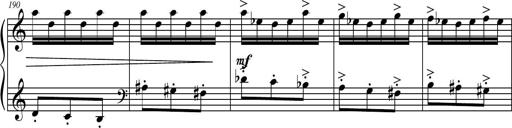
Title: Petite Sonatine
Composer: Richard St. Clair